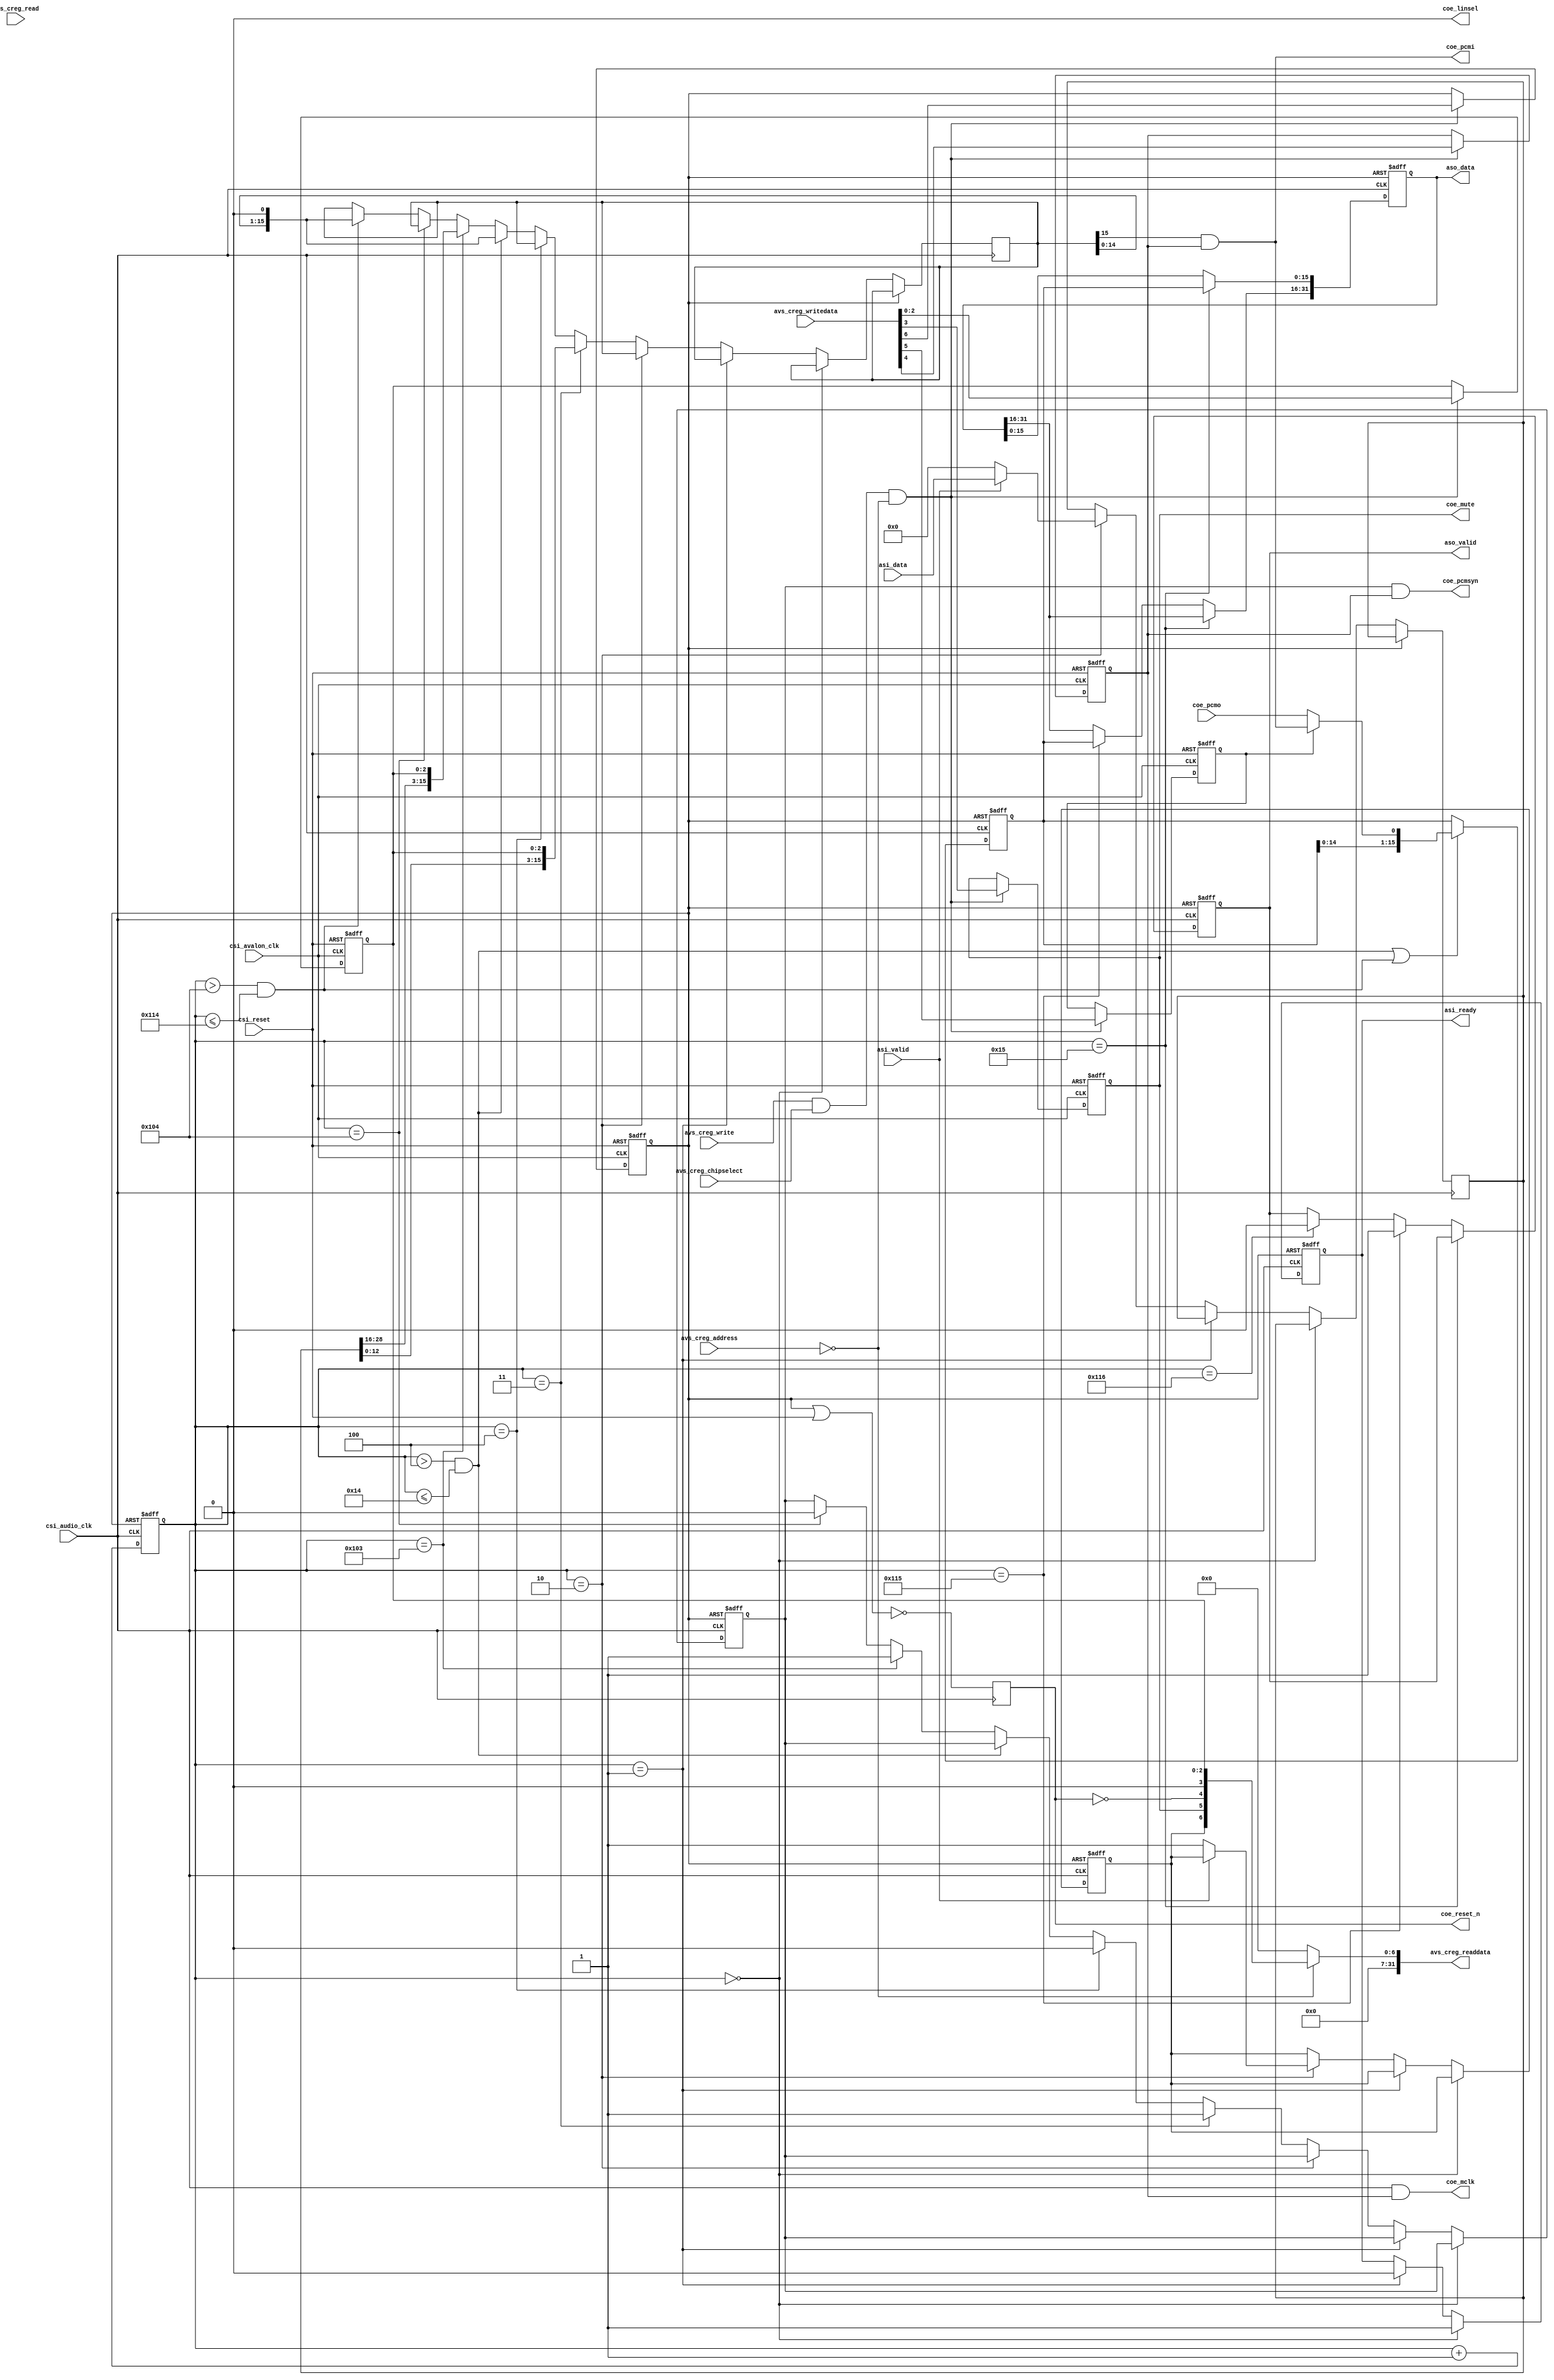
module AIC1106_PCM(
        // Avalon clock 
        csi_avalon_clk,
        csi_reset, 

        // Avalon stream audio clock 2.048 MHz
        csi_audio_clk,
         
         // Control/status reg Avalon slave
		avs_creg_address,
		avs_creg_chipselect,
		avs_creg_write,
		avs_creg_read,
		avs_creg_writedata,
		avs_creg_readdata,         
			
         // Avalon stream sink
        asi_data,
        asi_valid,
        asi_ready,

         // Avalon stream source
        aso_data,
        aso_valid,
			
			// TLV320AIC1106 signal
        coe_mclk,
        coe_pcmsyn,
        coe_pcmi,
        coe_pcmo,
        coe_reset_n,
        coe_mute,
        coe_linsel   // always 0 (linear mode)
         );
         
input                   csi_avalon_clk;
input                   csi_reset;          

input                   csi_audio_clk;
         
output   [ 31:0]        avs_creg_readdata;
input    [  1:0]        avs_creg_address;
input                   avs_creg_chipselect;
input                   avs_creg_read;
input                   avs_creg_write;
input    [ 31:0]        avs_creg_writedata;          

input    [ 31:0]        asi_data;
input                   asi_valid;
output                  asi_ready;
         
output                  aso_valid;
output   [31:0]         aso_data;

output                  coe_mclk;
output                  coe_pcmsyn;
output                  coe_pcmi;
input                   coe_pcmo;
output                  coe_reset_n;
output                  coe_mute;
output            coe_linsel;  // linear mode

wire                    coe_linsel= 1'b0;

reg                     enable_r;
reg                     loopback_r;
reg                     reset_req_r;
reg                     pcmsyn_r;
reg                     mute_r;
reg                     underflow_r;
reg      [31:0]         tx_latch_r;
reg      [31:0]         rx_latch_r;
reg      [15:0]         tx_shft_r;
reg      [15:0]         rx_shft_r;
reg      [2:0]          volume_r;
reg                     asi_ready_r;
reg                     aso_valid_r;
reg						reset_r;
reg      [8:0]          main_cnt;

wire                    asi_ready = asi_ready_r;

wire                    aso_valid = aso_valid_r;
assign                  aso_data[31:0] = rx_latch_r[31:0];

wire                    coe_mclk = csi_audio_clk & enable_r;
wire                    coe_pcmsyn = pcmsyn_r & enable_r;
wire                    coe_pcmi = tx_shft_r[15] & enable_r;
wire                    coe_mute = mute_r;
wire                    coe_reset_n = reset_r;//~(reset_req_r | csi_reset); 

wire                    rx_shft_in = (loopback_r)?(coe_pcmi):(coe_pcmo);

assign                  avs_creg_readdata = (avs_creg_address[1:0] == 2'h0)?(state):(0);
wire     [31:0]         state = {25'b0, underflow_r, coe_mute, ~coe_reset_n, 1'b0, volume_r[2:0]}; 
wire                    creg_reg_sel_w      = avs_creg_write & avs_creg_chipselect & (avs_creg_address[1:0] == 2'h0); 

// NIOS control interface
always @(posedge csi_avalon_clk or posedge csi_reset)
begin
  if (csi_reset)
  begin
     reset_req_r <= 0;
     mute_r <= 0;
     volume_r[2:0] <= 1;  // 0 db gain
     loopback_r <= 0;
	 enable_r <= 0;
  end   
  else if (creg_reg_sel_w)
  begin
     volume_r[2:0] <= avs_creg_writedata[2:0]; 
     mute_r        <= avs_creg_writedata[3];
	 enable_r      <= avs_creg_writedata[4];
     loopback_r    <= avs_creg_writedata[5];
     reset_req_r   <= avs_creg_writedata[6];
  end   
end 

// PCM state decoder
wire     fs_avalon_rdy_on   = (main_cnt == 9'd0);
wire     fs_avalon_rdy_off  = (main_cnt == 9'd1);
wire     fs_txlatch         = (main_cnt == 9'd2);
wire     fs_pcmsyn1_on      = (main_cnt == 9'd3);
wire     fs_pcmsyn1_off     = (main_cnt == 9'd4);
wire     fs_shift1          = ((main_cnt > 9'd4) && (main_cnt <= 9'd20));
wire     fs_rxlatch1        = (main_cnt == 9'd21);//21
wire     fs_pcmsyn2_on      = (main_cnt == 9'd259);
wire     fs_pcmsyn2_off     = (main_cnt == 9'd260);
wire     fs_shift2          = ((main_cnt > 9'd260) && (main_cnt <= 9'd276));
wire     fs_rxlatch2        = (main_cnt == 9'd277);//277
wire     fs_rxvalid_off     = (main_cnt == 9'd278);


// PCM receive shift register; clocked by negedge
always @(negedge csi_audio_clk or posedge reset_req_r)
begin
   if (reset_req_r)
   begin
      rx_shft_r <= 0;
   end
   else begin
      if (fs_shift1 || fs_shift2)
      begin
         rx_shft_r[15:0] <= {rx_shft_r[14:0], rx_shft_in};
      end
   end
end

// PCM receive path and AVALON stream source logic
always @(posedge csi_audio_clk or posedge reset_req_r)
begin
   if (reset_req_r)
   begin
      rx_latch_r <= 0;
      aso_valid_r <= 0;
   end
   else begin
      if (fs_rxlatch1)
      begin
         rx_latch_r[15:0] <= rx_shft_r[15:0];
      end
      else if (fs_rxlatch2)
      begin
         rx_latch_r[31:16] <= rx_shft_r[15:0];
         aso_valid_r <= 1;
      end
      else if (fs_rxvalid_off)
      begin
         aso_valid_r <= 0;
      end
   end
end   

// PCM transmit path and AVALON stream sink logic
always @(posedge csi_audio_clk or posedge reset_req_r)
begin
   if (reset_req_r)
   begin
      main_cnt <= 0;
      underflow_r <= 0;
      asi_ready_r <= 0;
      pcmsyn_r <= 0;
   end
   else begin
      main_cnt <= main_cnt + 1'b1;
      if (fs_avalon_rdy_on)
      begin
         asi_ready_r <= 1;
      end 
      else if (fs_avalon_rdy_off)
      begin
         asi_ready_r <= 0;
      end
      else if (fs_txlatch)
      begin
         if (asi_valid)
         begin
            tx_latch_r[31:0] <= asi_data[31:0];
         end   
         else begin
            underflow_r <= 1;
            tx_latch_r[31:0] <= 0;
         end   
      end
      else if (fs_pcmsyn1_on)
      begin
         pcmsyn_r <= 1;
         tx_shft_r[15:0] <= {tx_latch_r[12:0], volume_r[2:0]}; //!!
      end
      else if (fs_pcmsyn1_off)
      begin
         pcmsyn_r <= 0;
      end
      else if (fs_shift1)
      begin
         tx_shft_r[15:0] <= {tx_shft_r[14:0], 1'b0};
      end
      else if (fs_pcmsyn2_on)
      begin
         pcmsyn_r <= 1;
         tx_shft_r[15:0] <= {tx_latch_r[28:16], volume_r[2:0]};   //!!
      end
      else if (fs_pcmsyn2_off)
      begin
         pcmsyn_r <= 0;
      end
      else if (fs_shift2)
      begin
         tx_shft_r[15:0] <= {tx_shft_r[14:0], 1'b0};
      end
   end   
end

// resync reset to csi_audio_clk
always @(posedge csi_audio_clk)
begin
	reset_r <= ~(reset_req_r | csi_reset);
end

endmodule